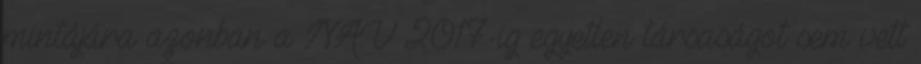
mintájára azonban a NAV 2017-ig egyetlen társaságot sem vett